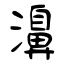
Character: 濞